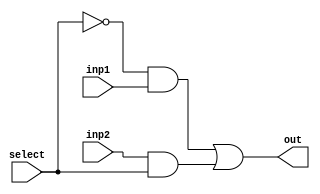
module mux_2to1_Bit( inp1, inp2, select, out );

input select;
input inp1, inp2;
output out;

wire not_select,w1,w2;

not(not_select,select);
and(w1,not_select,inp1);
and(w2,inp2,select);
or(out,w1,w2);

endmodule